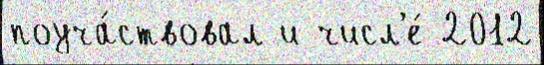
поуча́ствовал и числ'е́ 2012